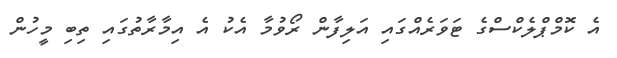
އެ ކޮމްޕްލެކްސްގެ ޓަވަރެއްގައި އަލިފާން ރޯވުމާ އެކު އެ އިމާރާތުގައި ތިބި މީހުން